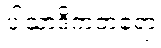
ပါသာဒိကတရော